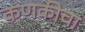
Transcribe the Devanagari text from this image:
कणकीचा